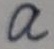
a